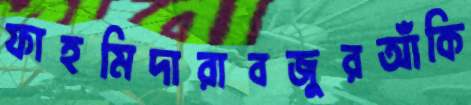
ফাহমিদারাবজুরআঁকি